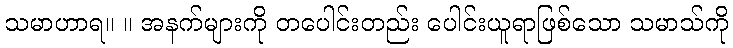
သမာဟာရ။ ။ အနက်များကို တပေါင်းတည်း ပေါင်းယူရာဖြစ်သော သမာသ်ကို